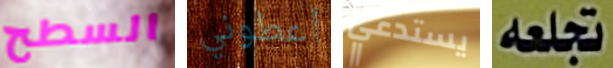
السطح أعطوني يستدعي تجعله